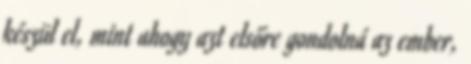
készül el, mint ahogy azt elsőre gondolná az ember,